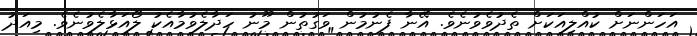
އަހަންނަށް ކުއްލިއަކަށް ތެދުވެވުނެވެ. އޭނާ ފެނުމުން ވަގުތުން މޫނު ހަދާލެވުމާއެކު ލޯއަޅާލެވުނެވެ. މިއަދު